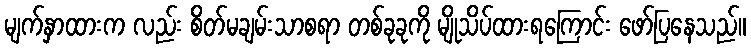
မျက်နှာထားက လည်း စိတ်မချမ်းသာစရာ တစ်ခုခုကို မျိုသိပ်ထားရကြောင်း ဖော်ပြနေသည်။